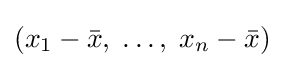
\textstyle (x_{1}-{\bar {x}},\;\dots ,\;x_{n}-{\bar {x}})